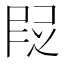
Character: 𬻷